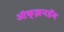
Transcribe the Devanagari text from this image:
ऑक्झनहॅम